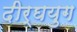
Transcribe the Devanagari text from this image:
दीर्घयुग